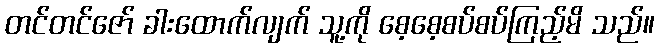
တင်တင်ဇော် ခါးထောက်လျက် သူ့ကို စေ့စေ့စပ်စပ်ကြည့်မိ သည်။